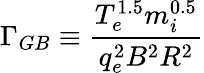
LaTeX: \Gamma_{GB}\equiv\frac{T_{e}^{1.5}m_{i}^{0.5}}{q_{e}^{2}B^{2}R^{2}}